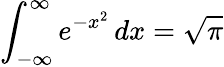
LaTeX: \int_{-\infty}^{\infty}e^{-x^{2}}\, dx={\sqrt{\pi}}